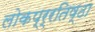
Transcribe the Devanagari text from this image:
लोकप्र्रतिष्ठा